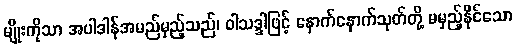
မျိုးကိုသာ အပါဒါန်အမည်မှည့်သည်၊ ဝါသဒ္ဒါဖြင့် နောက်နောက်သုတ်တို့ မမှည့်နိုင်သော